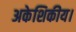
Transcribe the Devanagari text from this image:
अकेशिकीय।